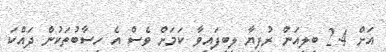
އަށް 2.4 ބިލިއަން ރުފިޔާ ލިބިފައިވާ ކަމަށް ވެސް އެ ހިސާބުތަކުން ދައްކަ